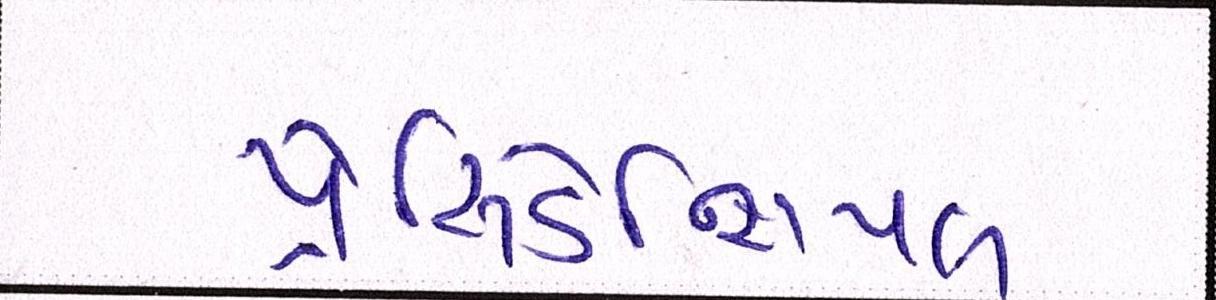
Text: પ્રેસિડેન્શિયલ